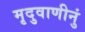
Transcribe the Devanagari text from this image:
मृदुवाणीनुं